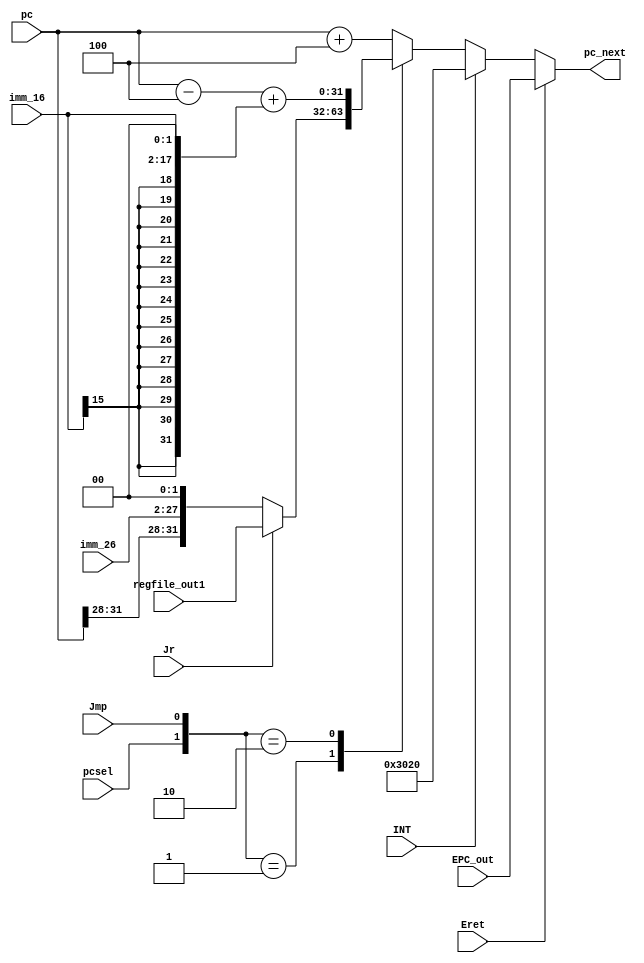
`timescale 1ns / 1ps
//////////////////////////////////////////////////////////////////////////////////
// Version: 2.22 053
//
//
//////////////////////////////////////////////////////////////////////////////////


module PcInputAdapter
#(parameter ADDR_BITS = 32)
(
    input wire Jmp,     //Jmp,
    input wire Jr,      //Jr
    input wire pcsel,   //pcsel
    input wire [ADDR_BITS - 1:0] pc,    //pc
    input wire [15:0] imm_16,
    input wire [25:0] imm_26,
    input wire [31:0] regfile_out1, //regfile
    input wire [31:0] EPC_out,
    input wire INT,
    input wire Eret,
    output reg [ADDR_BITS - 1:0] pc_next    //pc
);
    wire [1:0]PJ;
    assign PJ = {pcsel, Jmp};
    always @ * begin 
        //EretINTJB
        if(Eret) begin
            pc_next <= EPC_out;
        end
        else if (INT) begin
            pc_next <= 32'h3020;
        end
        else begin
            case(PJ)
                2'b00:  pc_next <= pc + 4;
                2'b01:  pc_next <= (Jr ? regfile_out1 : {pc[ADDR_BITS - 1:28],imm_26,2'b00} );
                2'b10:  pc_next <= pc - 4 + ( { {( ADDR_BITS - 16){ imm_16[15] } }, imm_16 }<<2 );
                default: pc_next <= pc + 4;
            endcase
        end
    end
endmodule